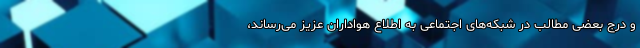
و درج بعضی مطالب در شبکه‌های اجتماعی به اطلاع هواداران عزیز می‌رساند،